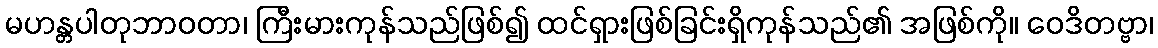
မဟန္တပါတုဘာဝတာ၊ ကြီးမားကုန်သည်ဖြစ်၍ ထင်ရှားဖြစ်ခြင်းရှိကုန်သည်၏ အဖြစ်ကို။ ဝေဒိတဗ္ဗာ၊